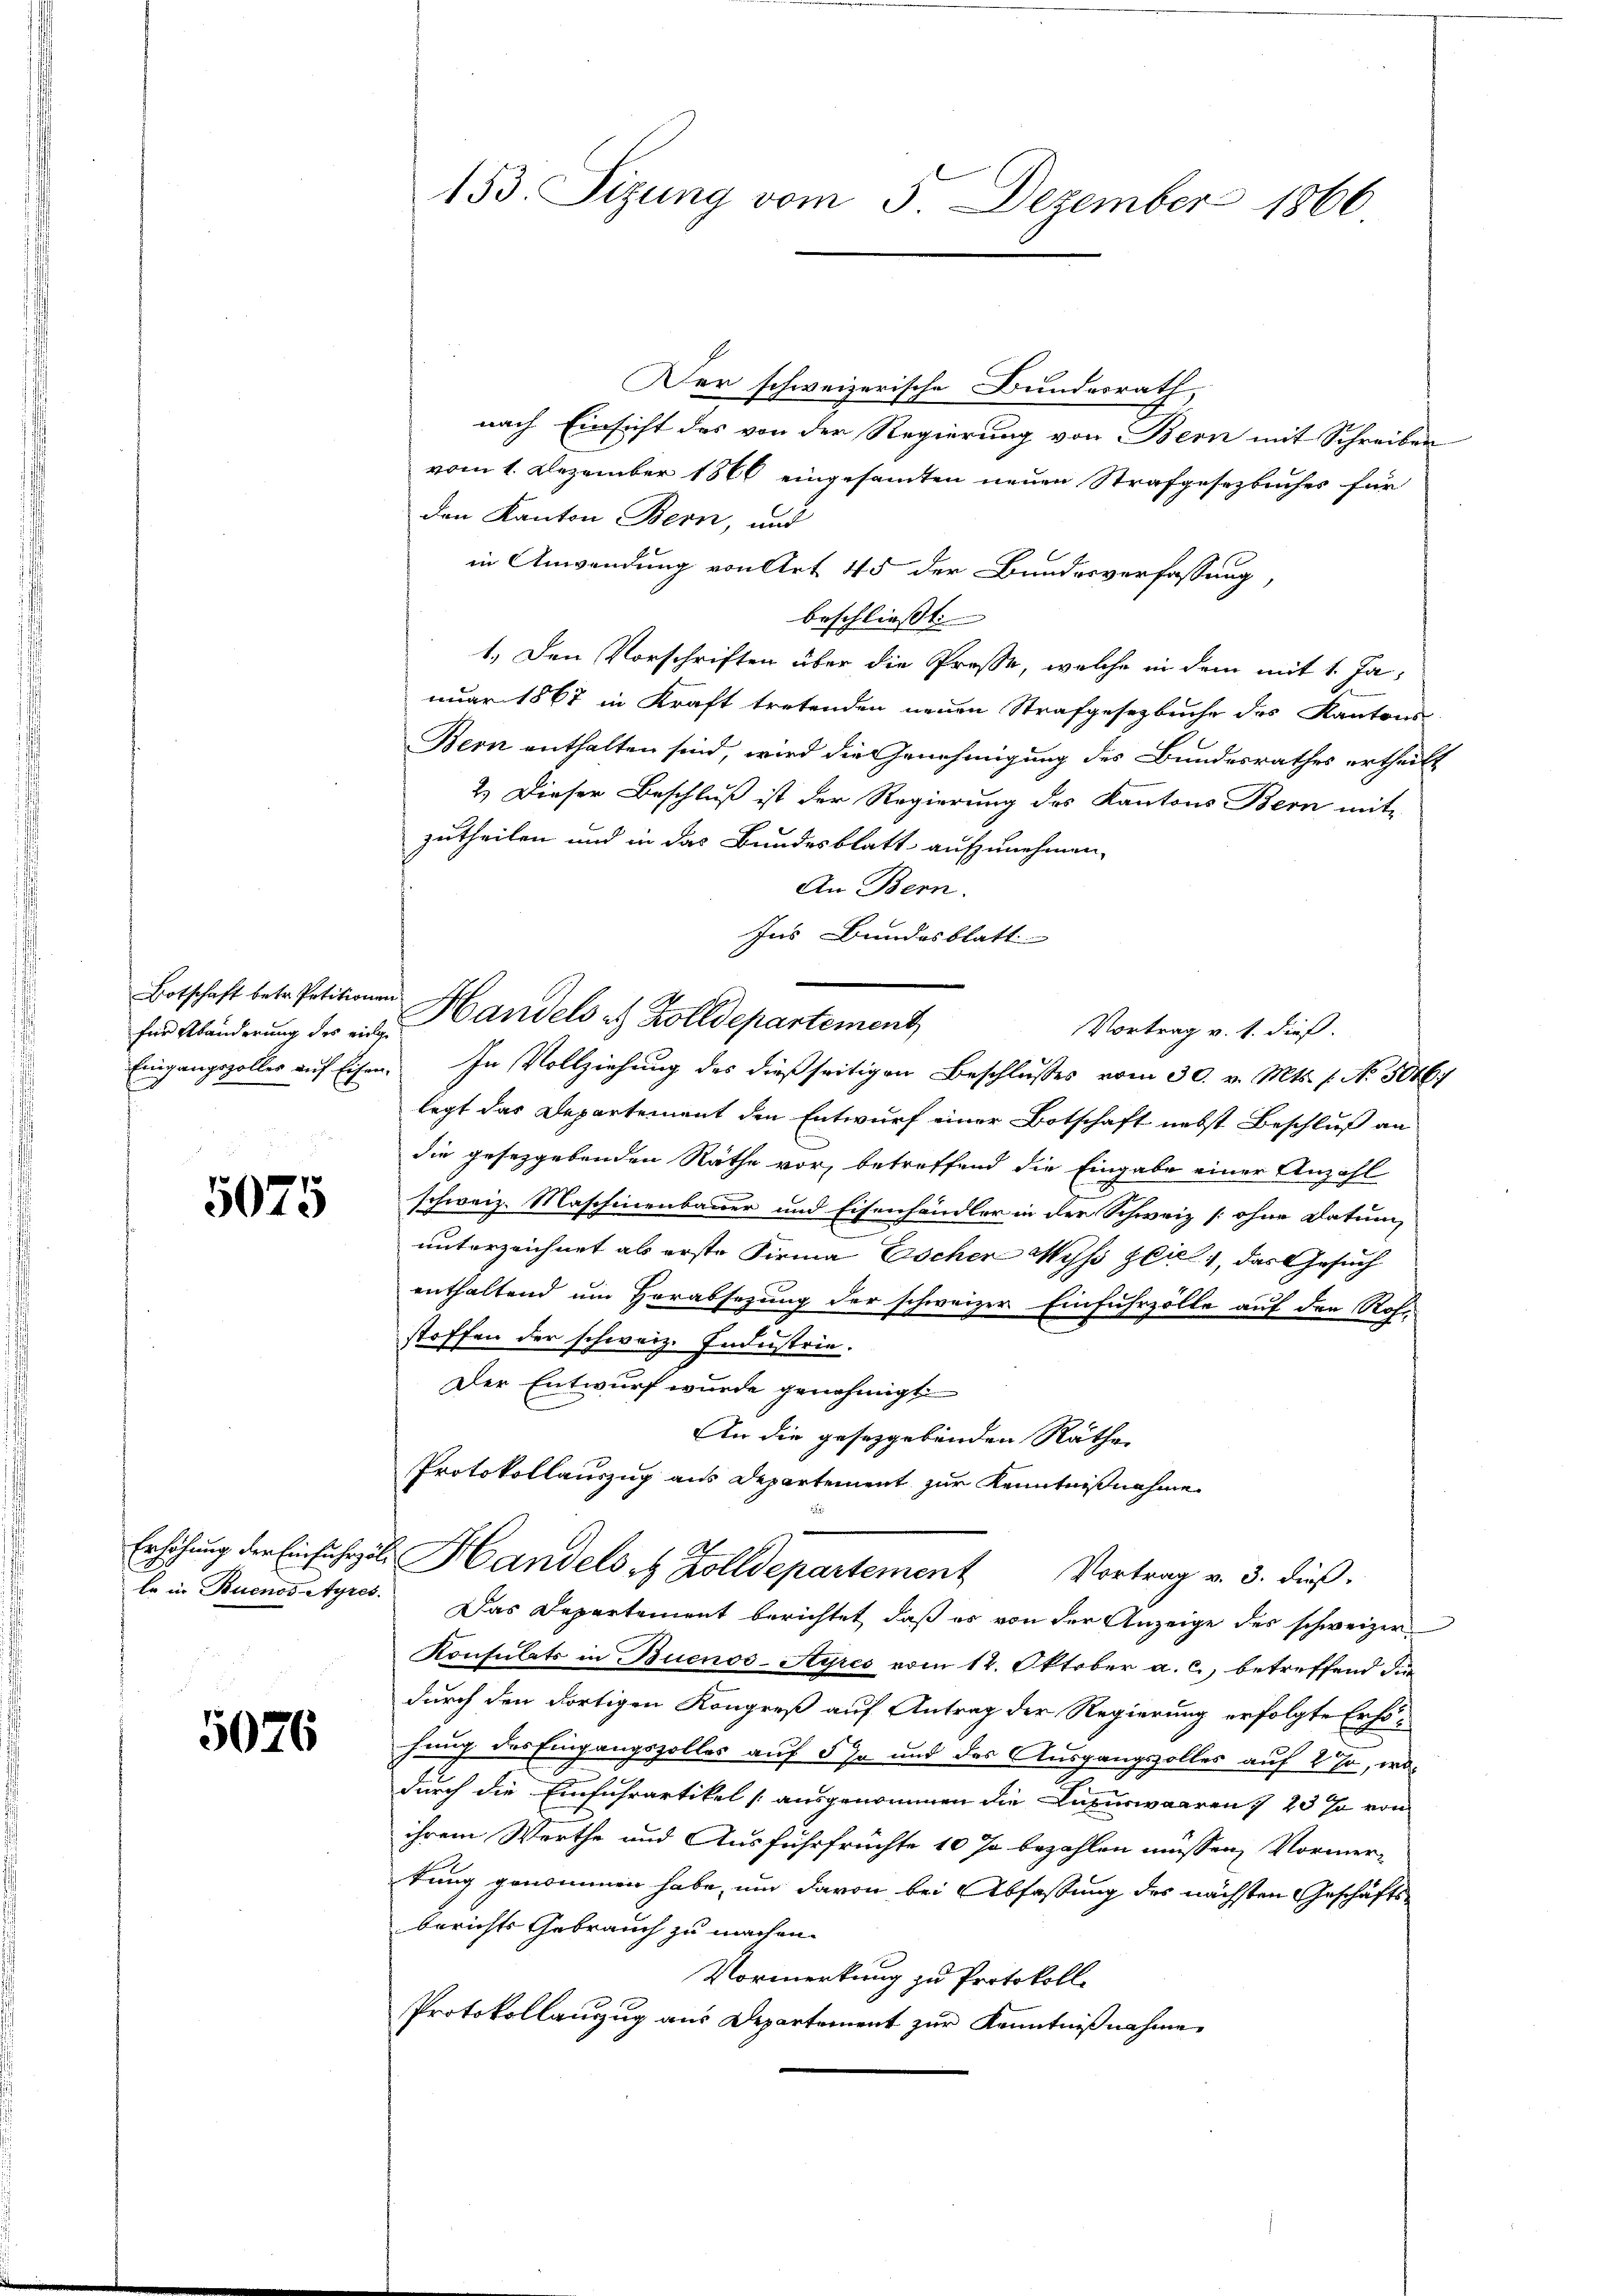
für Abänderung des einge

5075

Erhöhung der Einfuhrzölla in Buenos-Ayres.

5026

153. Sizung vom 5. Dezember 1866

Botschaft betr. Petitionen Handels es Zolldepartement

Ins Bundesblatt

Der schweizerische Bundesrath,
nach Einsicht des von der Regierung von Bern mit Schreiben
vom 1. Dezember 1866 eingesamten neuen Strafgesetzbuches für
den Kanton Bern, und
in Anwendung von Art 45 der Bundesverfassung,
beschliesst
1.) Den Vorschriften über die Presse, welche in dem mit 1. Ja-
nuar 1867 in Kraft tretenden neuen Strafgesetzbuche des Kantons
Bern enthalten sind, wird die Genehmigung des Bundesrathes ertheilt
2.) Dieser Beschluß ist der Regierung des Kantons Bern mit
zutheilen und in das Bundesblatt aufzunehmen,
An Bern.
Vortrag v. 1. dieß.
Eingangszoller auf Eisen. In Vollziehung des dießseitigen Beschlusses vom 30. v. Mts. s. No. 5046.
legt das Departement den Entwurf einer Botschaft nebst Beschluß an
die gesetzgebenden Räthe vor, betreffend die Eingabe einer Anzahl
schweiz. Maschinenbauer und Eisenhändler in der Schweiz [ohne Datum,
unterzeichnet ab erste Firma Escher Wyss Ziel, das Gesuch
enthaltend um Herabsezung der schweizer Einfuhrzölle auf den Roh-
stoffen der schweiz. Industrie.
Der Entwurf wurde genehmigt
An die gesetzgebenden Räthe
Protokollauszug aus Departement zur Kenntnißnahme
 Handels 8 Zolldepartement Vortrag v. 3. dieß.
Das Departement berichtet, daß es von der Anzeige des schweizer
Konsulats in Buenos-Ayres vom 12. Oktober a. c., betreffend die
durch den dortigen Kongreß auf Antrag der Regierung erfolgte Erhöhung des Eingangszolles auf 5 Ja und das Ausgangszolles auf 2 %, wodurch die Einfuhrartikel (ausgenommen die Capurwaaren , 23 % von
ihrem Werthe und Ausführfrüchte 10 % bezahlen müssen, Vormerkung genommen habe, um davon bei Abfassung des nächsten Geschäftsberichts Gebrauch zu machen.
Vormerkung zu Protokoll.
Protokollauszug aus Departement zur Kenntnißnahme